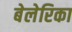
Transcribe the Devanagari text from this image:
बेलेरिका